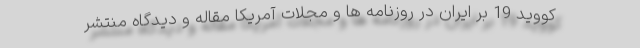
کووید 19 بر ایران در روزنامه ها و مجلات آمریکا مقاله و دیدگاه منتشر